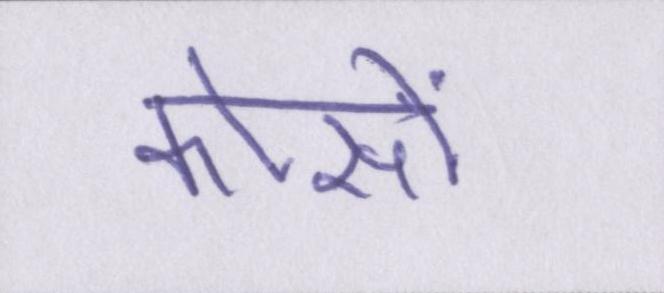
कोसों